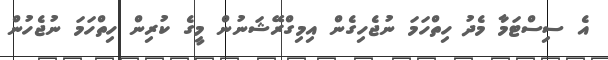
އެ ސިސްޓަމާ މެދު ހިތްހަމަ ނުޖެހިގެން އިމިގްރޭޝަނުން މީގެ ކުރިން ހިތްހަމަ ނުޖެހުން